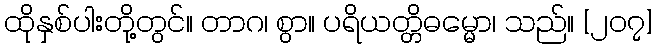
ထိုနှစ်ပါးတို့တွင်။ တာဂ၊ စွာ။ ပရိယတ္တိဓမ္မော၊ သည်။ [၂၀၇]